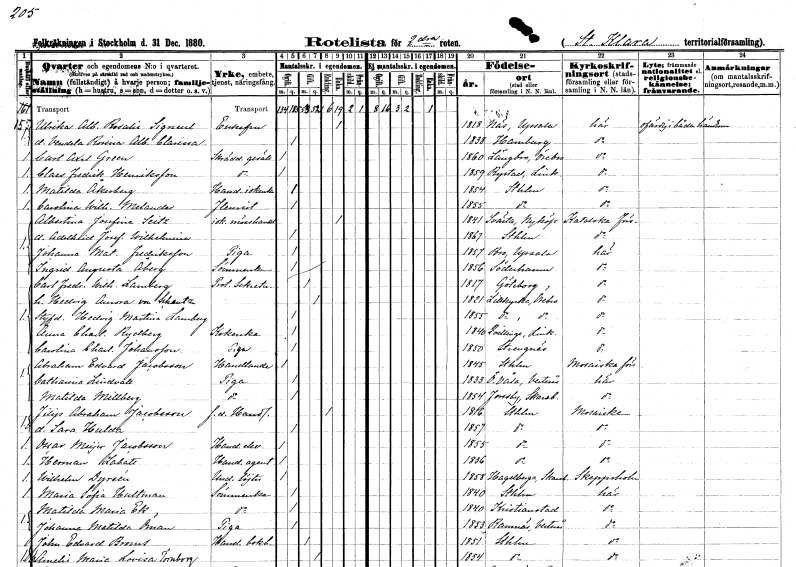
gt_parse: households: individuals: FN: Ulrika Albertina Rosalie
EN: Signuel
KON: K
CIV: E
FODAR: 1818
FODFORS: Näs Uppsala län
FN: Vendela Rosina Albertina Clarissa
KON: K
CIV: O
FODAR: 1838
FN: Carl Axel
EN: Green
YRKE: Skräddaregesäll
KON: M
CIV: O
FODAR: 1860
FODFORS: Längbro Örebro län
FN: Claes Fredrik
EN: Henriksson
YRKE: Skräddaregesäll
KON: M
CIV: O
FODAR: 1859
FODFORS: Rystad Östergötlands län
FN: Matilda
EN: Åkerberg
YRKE: Handelsidkerska
KON: K
CIV: O
FODAR: 1854
FODFORS: Stockholm
FN: Carolina Wilhelmina
EN: Melander
YRKE: Fleurist
KON: K
CIV: O
FODAR: 1855
FODFORS: Stockholm
FN: Albertina Josefina
EN: Seitz
YRKE: Idkar mösshandel
KON: K
CIV: E
FODAR: 1841
FODFORS: Svärta Södermanlands län
FN: Adelheid Josefina Wilhelmina
KON: K
CIV: O
FODAR: 1867
FODFORS: Stockholm
FN: Johanna Matilda
EN: Fredriksson
YRKE: Piga
KON: K
CIV: O
FODAR: 1857
FODFORS: Bro Stockholms län
FN: Ingrid Augusta
EN: Åberg
YRKE: Sömmerska
KON: K
CIV: O
FODAR: 1856
FODFORS: Söderhamn Gävleborgs län
FN: Carl Fredrik Wilhelm
EN: Lamberg
YRKE: Protokollsekreterare
KON: M
CIV: G
FODAR: 1817
FODFORS: Göteborg Göteborgs- och Bohuslän
FN: Hedvig Aurora
EN: von Schantz
KON: K
CIV: G
FODAR: 1821
FODFORS: Lillkyrka Örebro län
FN: Hedvig Martina
EN: Lamberg
KON: K
CIV: O
FODAR: 1855
FODFORS: Lillkyrka Örebro län
FN: Anna Charlotta
EN: Rydberg
YRKE: Kokerska
KON: K
CIV: O
FODAR: 1840
FODFORS: Kvillinge Östergötlands län
FN: Carolina Charlotta
EN: Johansson
YRKE: Piga
KON: K
CIV: O
FODAR: 1850
FODFORS: Strängnäs Södermanlands län
FN: Abraham Edvard
EN: Jacobsson
YRKE: Handlande
KON: M
CIV: O
FODAR: 1845
FODFORS: Stockholm
FN: Catharina
EN: Lindvall
YRKE: Piga
KON: K
CIV: O
FODAR: 1833
FODFORS: Östervåla Västmanlands län
FN: Matilda
EN: Millberg
YRKE: Piga
KON: K
CIV: O
FODAR: 1854
FODFORS: Forsby Skaraborgs län
FN: Filip Abraham
EN: Jacobsson
YRKE: Handlande f.d.
KON: M
CIV: E
FODAR: 1816
FODFORS: Stockholm
FN: Sara Hulda
KON: K
CIV: O
FODAR: 1857
FODFORS: Stockholm
FN: Oscar Meijer
EN: Jacobsson
YRKE: Handelselev
KON: M
CIV: O
FODAR: 1855
FODFORS: Stockholm
FN: Herman
EN: Labatt
YRKE: Handelsagent
KON: M
CIV: O
FODAR: 1836
FODFORS: Stockholm
FN: Wilhelm
EN: Dyrsén
YRKE: Underlöjtnant
KON: M
CIV: O
FODAR: 1858
FODFORS: Hagelberg Skaraborgs län
FN: Maria Sofia
EN: Hultman
YRKE: Sömmerska
KON: K
CIV: O
FODAR: 1840
FODFORS: Stockholm